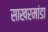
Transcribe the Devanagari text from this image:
साखरमांडा